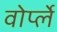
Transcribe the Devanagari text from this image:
वोर्प्ले